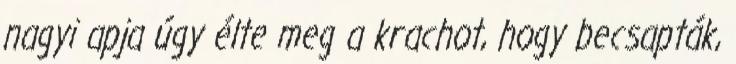
nagyi apja úgy élte meg a krachot, hogy becsapták,